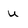
Character: u